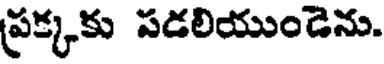
ప్రక్కకు పడలియుండెను.